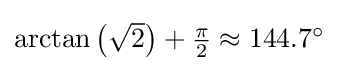
{\textstyle \arctan \left({\sqrt {2}}\right)+{\frac {\pi }{2}}\approx 144.7^{\circ }}